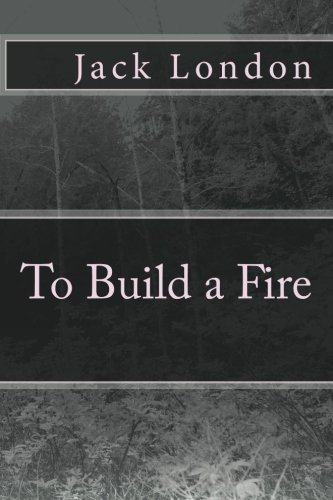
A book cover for To Build a Fire; Jack London; Literature & Fiction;